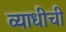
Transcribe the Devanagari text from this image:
व्याधीची